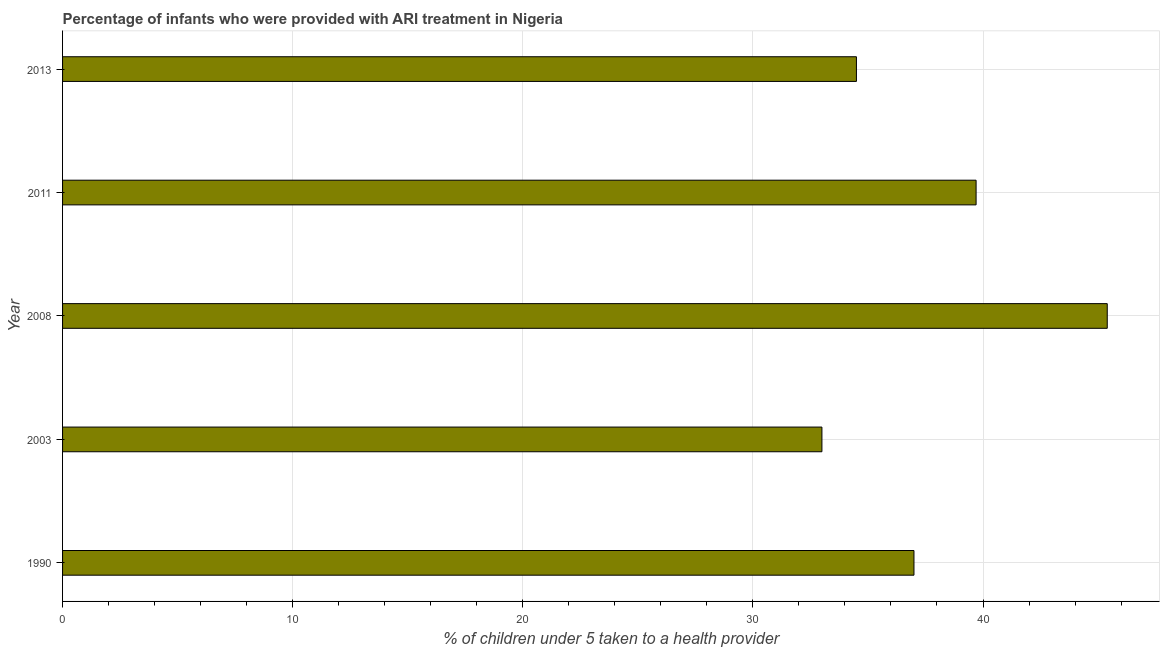
| Year | ARI treatment |
 | --- | --- |
 | 1990 | 37 |
 | 2003 | 33 |
 | 2008 | 45.4 |
 | 2011 | 39.7 |
 | 2013 | 34.5 |